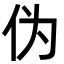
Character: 伪